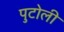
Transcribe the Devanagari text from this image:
पुटोली